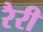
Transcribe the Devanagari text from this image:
रैरी